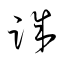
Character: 誠